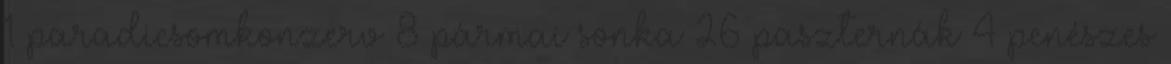
1 paradicsomkonzerv 8 pármai sonka 26 paszternák 4 penészes